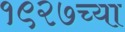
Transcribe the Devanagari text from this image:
१९२७च्या